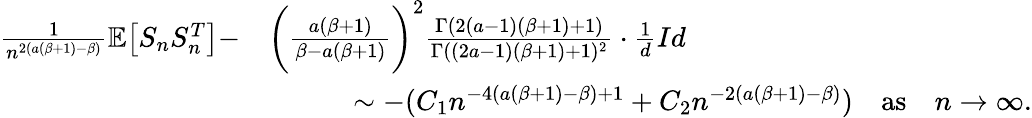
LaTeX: \begin{array}{rl}{\frac{1}{n^{2(a(\beta+1)-\beta)}}\mathbb{E}\big[S_{n}S_{n}^{T}\big]-}&{\bigg(\frac{a(\beta+1)}{\beta-a(\beta+1)}\bigg)^{2}\frac{\Gamma(2(a-1)(\beta+1)+1)}{\Gamma((2a-1)(\beta+1)+1)^{2}}\cdot\frac{1}{d}Id}\\ &{\quad\quad\quad\sim-(C_{1}n^{-4(a(\beta+1)-\beta)+1}+C_{2}n^{-2(a(\beta+1)-\beta)})\quad\mathrm{as}\quad n\to\infty.}\end{array}